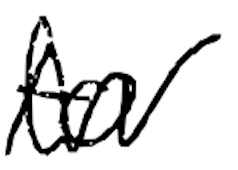
Text: to
Cross-out: zig-zag
Writing tool: digital_black